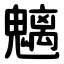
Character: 魑